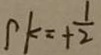
k = + \frac { 1 } { 2 }